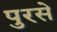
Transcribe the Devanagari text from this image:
पुरसे